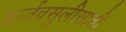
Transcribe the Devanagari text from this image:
कर्जवसुलीसाठी